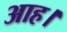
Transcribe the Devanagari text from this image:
आह।